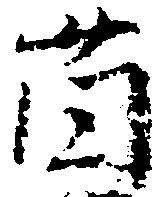
薗